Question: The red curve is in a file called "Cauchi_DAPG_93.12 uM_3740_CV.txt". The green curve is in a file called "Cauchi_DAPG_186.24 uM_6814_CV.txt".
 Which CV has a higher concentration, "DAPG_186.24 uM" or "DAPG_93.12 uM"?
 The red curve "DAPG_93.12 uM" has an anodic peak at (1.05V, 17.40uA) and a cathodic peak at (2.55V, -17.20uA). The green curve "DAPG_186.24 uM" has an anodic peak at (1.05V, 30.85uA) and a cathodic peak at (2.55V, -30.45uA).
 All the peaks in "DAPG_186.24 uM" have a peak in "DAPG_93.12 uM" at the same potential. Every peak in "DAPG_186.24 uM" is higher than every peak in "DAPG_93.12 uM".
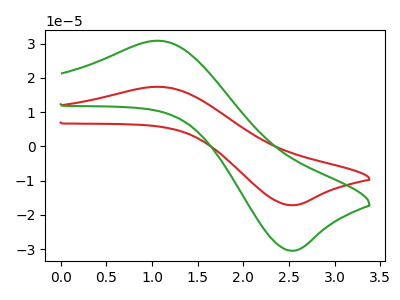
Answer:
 <answer>"DAPG_186.24 uM" has more signal than "DAPG_93.12 uM" and so likely has a higher concentration.</answer>
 <eval>more_concentration</eval>